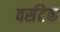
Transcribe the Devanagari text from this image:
वर्सटेक